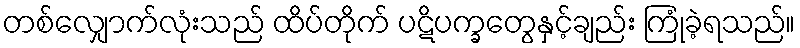
တစ်လျှောက်လုံးသည် ထိပ်တိုက် ပဋိပက္ခတွေနှင့်ချည်း ကြုံခဲ့ရသည်။